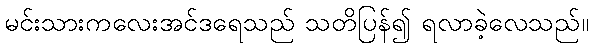
မင်းသားကလေးအင်ဒရေသည် သတိပြန်၍ ရလာခဲ့လေသည်။